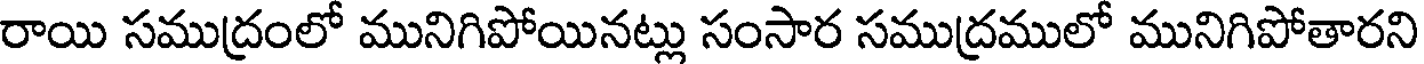
రాయి సముద్రంలో మునిగిపోయినట్లు సంసార సముద్రములో మునిగిపోతారని